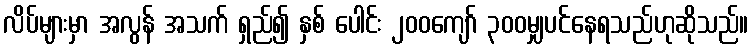
လိပ်များမှာ အလွန် အသက် ရှည်၍ နှစ် ပေါင်း ၂၀၀ကျော် ၃၀၀မျှပင်နေရသည်ဟုဆိုသည်။